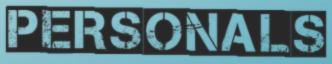
PERSONALS